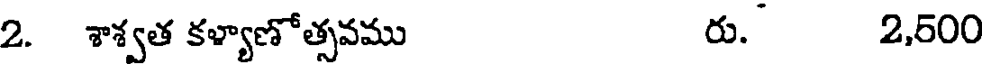
2. శాశ్వత కళ్యాణోత్సవము రు. 2,500